Vaccination report Assam 1896-1927 - 1896-1927
Year: 1896
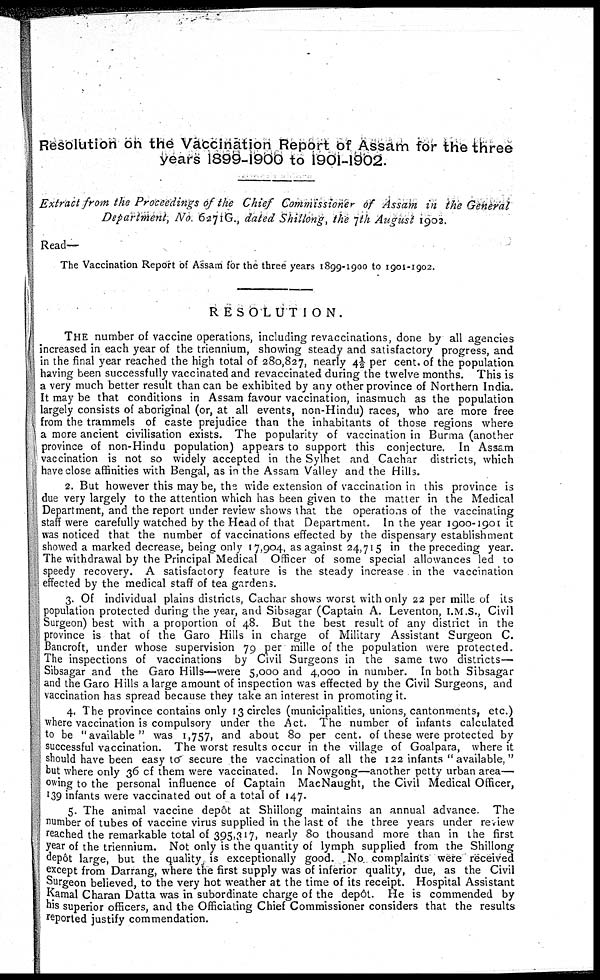
Resolution on the Vaccination Report of Assam for the three
years 1899-1900 to 1901-1902.
Extract from the Proceedings of the Chief Commissioner of Assam in the General
Department, No. 6271G., dated Shillong, the 7th August 1902.
Read—
The Vaccination Report of Assam for the three years 1899-1900 to 1901-1902.
RESOLUTION.
THE number of vaccine operations, including revaccinations, done by all agencies
increased in each year of the triennium, showing steady and satisfactory progress, and
in the final year reached the high total of 280,827, nearly 4½ per cent. of the population
having been successfully vaccinated and revaccinated during the twelve months. This is
a very much better result than can be exhibited by any other province of Northern India.
It may be that conditions in Assam favour vaccination, inasmuch as the population
largely consists of aboriginal (or, at all events, non-Hindu) races, who are more free
from the trammels of caste prejudice than the inhabitants of those regions where
a more ancient civilisation exists. The popularity of vaccination in Burma (another
province of non-Hindu population) appears to support this conjecture. In Assam
vaccination is not so widely accepted in the Sylhet and Cachar districts, which
have close affinities with Bengal, as in the Assam Valley and the Hills.
2. But however this may be, the wide extension of vaccination in this province is
due very largely to the attention which has been given to the matter in the Medical
Department, and the report under review shows that the operations of the vaccinating
staff were carefully watched by the Head of that Department. In the year 1900-1901 it
was noticed that the number of vaccinations effected by the dispensary establishment
showed a marked decrease, being only 17,904, as against 24,715 in the preceding year.
The withdrawal by the Principal Medical Officer of some special allowances led to
speedy recovery. A satisfactory feature is the steady increase in the vaccination
effected by the medical staff of tea gardens.
3. Of individual plains districts, Cachar shows worst with only 22 per mille of its
population protected during the year, and Sibsagar (Captain A. Leventon, I.M.S., Civil
Surgeon) best with a proportion of 48. But the best result of any district in the
province is that of the Garo Hills in charge of Military Assistant Surgeon C.
Bancroft, under whose supervision 79 per mille of the population were protected.
The inspections of vaccinations by Civil Surgeons in the same two districts—
Sibsagar and the Garo Hills—were 5,000 and 4,000 in number. In both Sibsagar
and the Garo Hills a large amount of inspection was effected by the Civil Surgeons, and
vaccination has spread because they take an interest in promoting it.
4. The province contains only 13 circles (municipalities, unions, cantonments, etc.)
where vaccination is compulsory under the Act. The number of infants calculated
to be "available" was 1,757, and about 80 per cent. of these were protected by
successful vaccination. The worst results occur in the village of Goalpara, where it
should have been easy to secure the vaccination of all the 122 infants "available,"
but where only 36 of them were vaccinated. In Nowgong—another petty urban area—
owing to the personal influence of Captain MacNaught, the Civil Medical Officer,
139 infants were vaccinated out of a total of 147.
5. The animal vaccine depôt at Shillong maintains an annual advance. The
number of tubes of vaccine virus supplied in the last of the three years under review
reached the remarkable total of 395,317, nearly 80 thousand more than in the first
year of the triennium. Not only is the quantity of lymph supplied from the Shillong
depôt large, but the quality is exceptionally good. No complaints were received
except from Darrang, where the first supply was of inferior quality, due, as the Civil
Surgeon believed, to the very hot weather at the time of its receipt. Hospital Assistant
Kamal Charan Datta was in subordinate charge of the depôt. He is commended by
his superior officers, and the Officiating Chief Commissioner considers that the results
reported justify commendation.